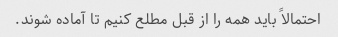
احتمالاً باید همه را از قبل مطلع کنیم تا آماده شوند.